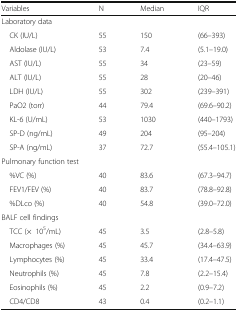
<table><thead><tr><td><b>Variables</b></td><td><b>N</b></td><td><b>Median</b></td><td><b>IQR</b></td></tr></thead><tbody><tr><td colspan="4">Laboratory data</td></tr><tr><td> CK (IU/L)</td><td>55</td><td>150</td><td>(66–393)</td></tr><tr><td> Aldolase (IU/L)</td><td>53</td><td>7.4</td><td>(5.1–19.0)</td></tr><tr><td> AST (IU/L)</td><td>55</td><td>34</td><td>(23–59)</td></tr><tr><td> ALT (IU/L)</td><td>55</td><td>28</td><td>(20–46)</td></tr><tr><td> LDH (IU/L)</td><td>55</td><td>302</td><td>(239–391)</td></tr><tr><td> PaO2 (torr)</td><td>44</td><td>79.4</td><td>(69.6–90.2)</td></tr><tr><td> KL-6 (U/mL)</td><td>53</td><td>1030</td><td>(440–1793)</td></tr><tr><td> SP-D (ng/mL)</td><td>49</td><td>204</td><td>(95–204)</td></tr><tr><td> SP-A (ng/mL)</td><td>37</td><td>72.7</td><td>(55.4–105.1)</td></tr><tr><td colspan="4">Pulmonary function test</td></tr><tr><td> %VC (%)</td><td>40</td><td>83.6</td><td>(67.3–94.7)</td></tr><tr><td> FEV1/FEV (%)</td><td>40</td><td>83.7</td><td>(78.8–92.8)</td></tr><tr><td> %DLco (%)</td><td>40</td><td>54.8</td><td>(39.0–72.0)</td></tr><tr><td colspan="4">BALF cell findings</td></tr><tr><td> TCC (×10<sup>5</sup>/mL)</td><td>45</td><td>3.5</td><td>(2.8–5.8)</td></tr><tr><td> Macrophages (%)</td><td>45</td><td>45.7</td><td>(34.4–63.9)</td></tr><tr><td> Lymphocytes (%)</td><td>45</td><td>33.4</td><td>(17.4–47.5)</td></tr><tr><td> Neutrophils (%)</td><td>45</td><td>7.8</td><td>(2.2–15.4)</td></tr><tr><td> Eosinophils (%)</td><td>45</td><td>2.2</td><td>(0.9–7.2)</td></tr><tr><td> CD4/CD8</td><td>43</td><td>0.4</td><td>(0.2–1.1)</td></tr></tbody></table>